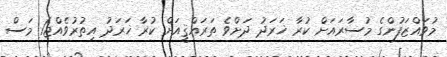
މުވައްޒަފުންގެ މުސާރައަށް ކުރާ ޚަރަދު ދަށްވެ ތަރައްޤީއަށް ކުރާ ޚަރަދު އިތުރުވެއްޖެ1 މަސް